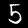
Digit: 5